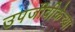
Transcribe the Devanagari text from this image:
उपजीवीकेच्या